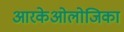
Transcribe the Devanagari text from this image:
आरकेओलोजिका